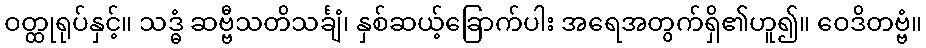
ဝတ္ထုရုပ်နှင့်။ သဒ္ဓံ ဆဗ္ဗီသတိသင်္ချံ၊ နှစ်ဆယ့်ခြောက်ပါး အရေအတွက်ရှိ၏ဟူ၍။ ဝေဒိတဗ္ဗံ။